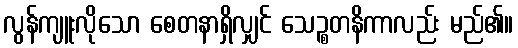
လွန်ကျူးလိုသော စေတနာရှိလျှင် သေဉ္စတနိကာလည်း မည်၏။